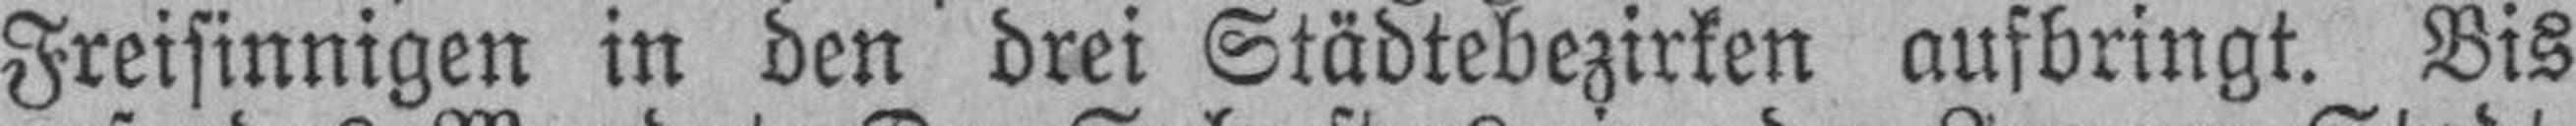
Freisinnigen in den drei Städtebezirken aufbringt. Bis